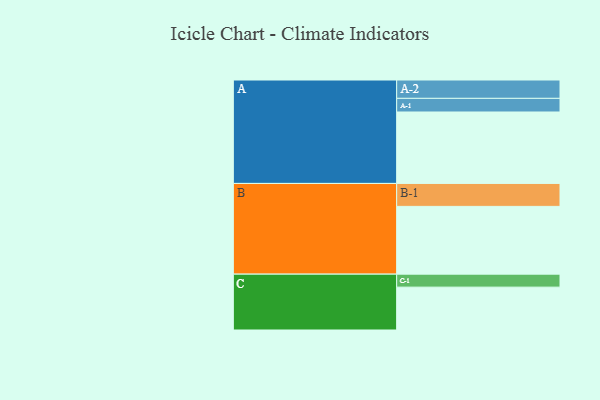
{"axis": {"x": "Segment", "y": "Value"}, "legend": ["", "A", "B", "C"], "data": [{"x": "A", "y": 545, "type": ""}, {"x": "B", "y": 517, "type": ""}, {"x": "C", "y": 327, "type": ""}, {"x": "A-1", "y": 104, "type": "A"}, {"x": "A-2", "y": 140, "type": "A"}, {"x": "B-1", "y": 175, "type": "B"}, {"x": "C-1", "y": 99, "type": "C"}]}